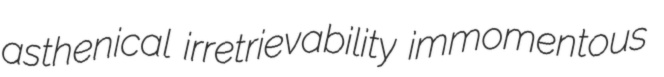
asthenical irretrievability immomentous